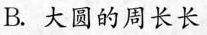
B.大圆的周长长